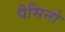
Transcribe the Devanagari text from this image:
पैसिनो